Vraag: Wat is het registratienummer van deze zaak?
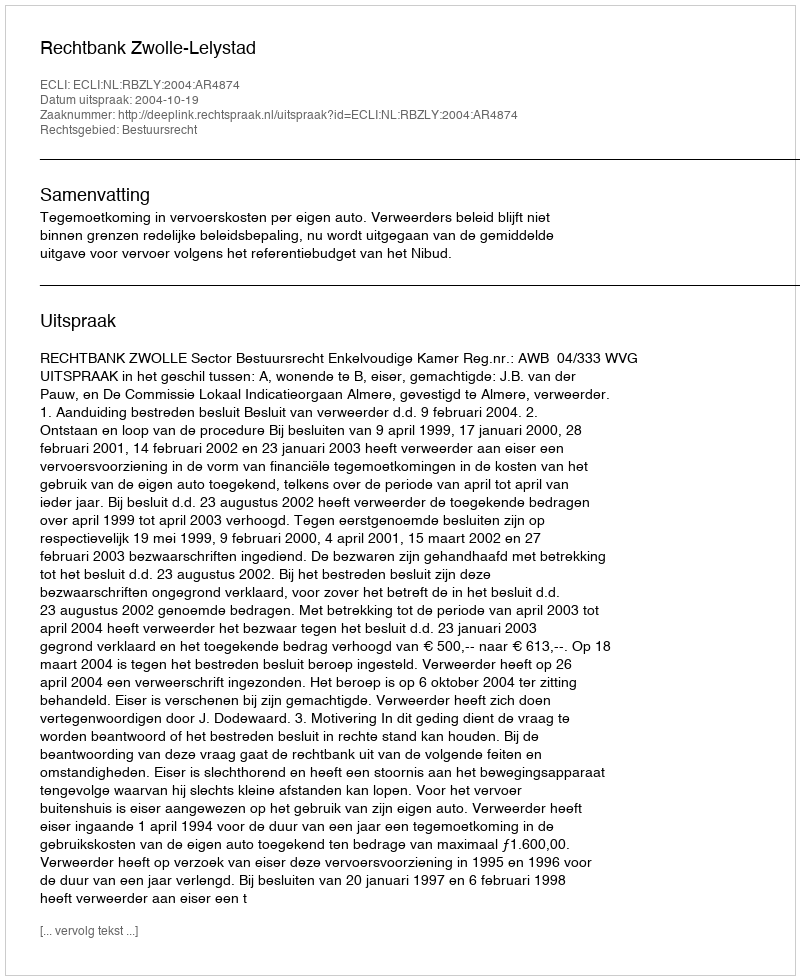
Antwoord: http://deeplink.rechtspraak.nl/uitspraak?id=ECLI:NL:RBZLY:2004:AR4874